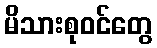
မိသားစုဝင်တွေ